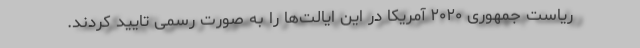
ریاست جمهوری ۲۰۲۰ آمریکا در این ایالت‌ها را به صورت رسمی تایید کردند.